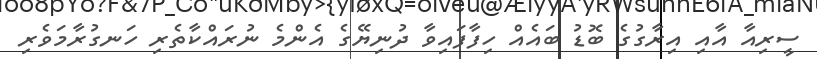
ސީރިއާ އާއި އިރާގުގެ ބޮޑު ބައެއް ހިފާފައިވާ ދުނިޔޭގެ އެންމެ ނުރައްކާތެރި ހަނގުރާމަވެރި